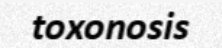
toxonosis